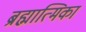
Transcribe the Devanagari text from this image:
ब्रह्मात्मिका